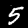
Label: 5